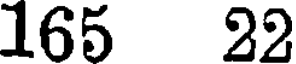
165 22